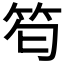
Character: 𥬜